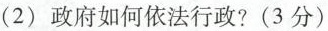
(2)政府如何依法行政?(3分)